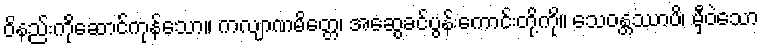
ဝိနည်းကိုဆောင်ကုန်သော။ ကလျာဏမိတ္တေ၊ အဆွေခင်ပွန်းကောင်းတို့ကို။ သေဝန္တဿာပိ၊ မှီဝဲသော